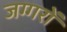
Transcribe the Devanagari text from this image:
जग्गरों